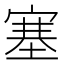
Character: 塞